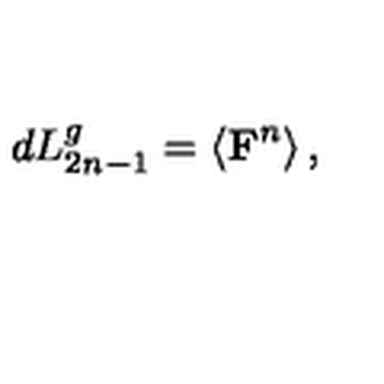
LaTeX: d L _ { 2 n - 1 } ^ { g } = \left\langle \mathrm { { \bf F } } ^ { n } \right\rangle ,